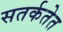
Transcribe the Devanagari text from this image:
सतर्कतेत